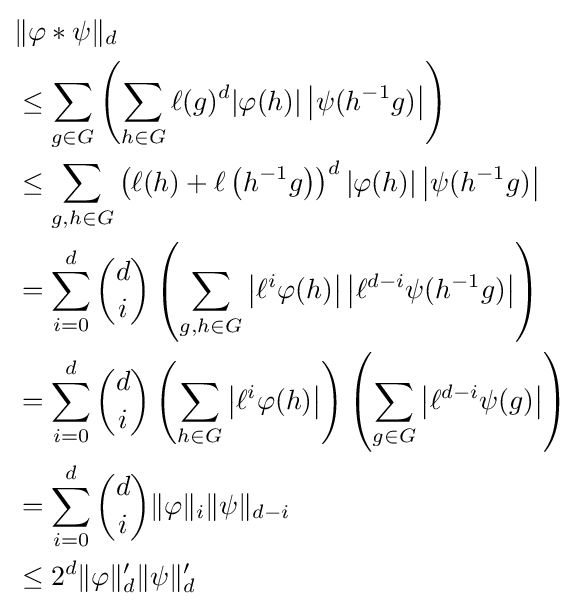
{\begin{aligned}&\|\varphi *\psi \|_{d}\\&\leq \sum _{g\in G}\left(\sum _{h\in G}\ell (g)^{d}|\varphi (h)|\left|\psi (h^{-1}g)\right|\right)\\&\leq \sum _{g,h\in G}\left(\ell (h)+\ell \left(h^{-1}g\right)\right)^{d}|\varphi (h)|\left|\psi (h^{-1}g)\right|\\&=\sum _{i=0}^{d}{d \choose i}\left(\sum _{g,h\in G}\left|\ell ^{i}\varphi (h)\right|\left|\ell ^{d-i}\psi (h^{-1}g)\right|\right)\\&=\sum _{i=0}^{d}{d \choose i}\left(\sum _{h\in G}\left|\ell ^{i}\varphi (h)\right|\right)\left(\sum _{g\in G}\left|\ell ^{d-i}\psi (g)\right|\right)\\&=\sum _{i=0}^{d}{d \choose i}\|\varphi \|_{i}\|\psi \|_{d-i}\\&\leq 2^{d}\|\varphi \|'_{d}\|\psi \|'_{d}\end{aligned}}